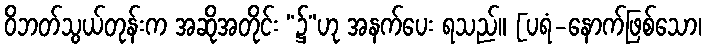
ဝိဘတ်သွယ်တုန်းက အဆိုအတိုင်း “၌”ဟု အနက်ပေး ရသည်။ [ပရံ-နောက်ဖြစ်သော၊